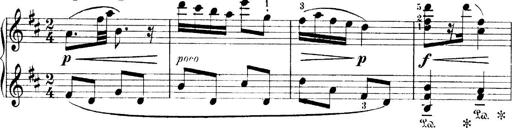
Title: 4 Sonatines
Composer: Max Reger